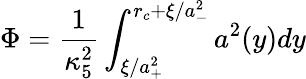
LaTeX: \Phi=\frac{1}{\kappa_{5}^{2}}\int_{\xi/a_{+}^{2}}^{r_{c}+\xi/a_{-}^{2}}a^{2}(y)dy